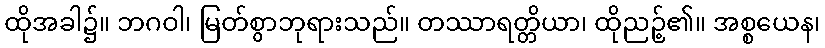
ထိုအခါ၌။ ဘဂဝါ၊ မြတ်စွာဘုရားသည်။ တဿာရတ္တိယာ၊ ထိုညဉ့်၏။ အစ္စယေန၊